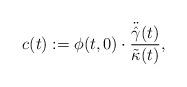
LaTeX: \begin{align*} c(t):=\phi(t,0)\cdot \frac{\ddot{\hat \gamma}(t)}{\tilde\kappa(t)}, \end{align*}